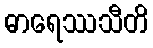
ဓာရေဿသီတိ